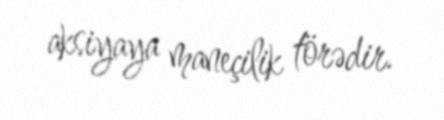
aksiyaya maneçilik törədir.